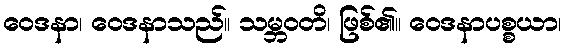
ဝေဒနာ၊ ဝေဒနာသည်။ သမ္ဘဝတိ၊ ဖြစ်၏။ ဝေဒနာပစ္စယာ၊